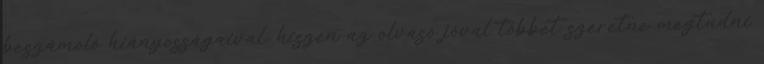
beszámoló hiányosságaival, hiszen az olvasó jóval többet szeretne megtudni